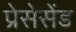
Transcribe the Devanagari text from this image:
प्रेसेसेंड